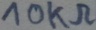
Text: 10KΩ